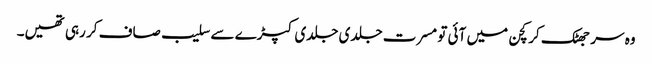
وہ سر جھٹک کر کچن میں آئی تو مسرت جلدی جلدی کپڑے سے سلیب صاف کر رہی تھیں۔